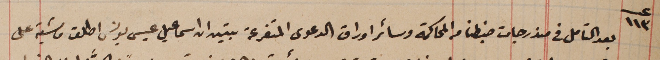
عدد ١١٣ بعد التامل فى مندرجات ضبطنا من المحاكمة وسائر اوراق الدعوى المتفرعة تبين ان اسماعيل عيسى يونس اطلق ماشية على